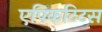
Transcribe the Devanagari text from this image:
एपिकटिटस